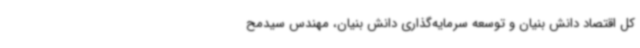
کل اقتصاد دانش بنیان و توسعه سرمایه‌گذاری دانش بنیان، مهندس سیدمح